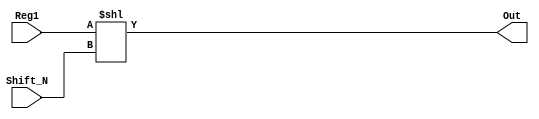
module SHIFT_L (Reg1, Shift_N, Out);

input [15:0] Reg1;
input [3:0] Shift_N;
output [15:0] Out;

assign Out = Reg1 << Shift_N;

endmodule